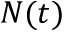
N ( t )